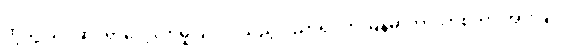
ထိုသို့ သိပ္ပံဆိုင်ရာလေ့လာမှုပြုလုပ်သည့် ပညာရပ်ကို မြန်မာဘာသာစကားအားဖြင့်